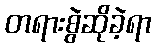
တရားစွဲဆိုခဲ့ရာ